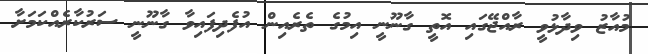
މުއާޒު ވިދާޅުވީ ރާއްޖޭގައި އޮތީ ގާނޫނީ އިމުގެ ތެރެއިން އުފެދިފައިވާ ގާނޫނީ ސަރުކާރެއްކަމަށާ